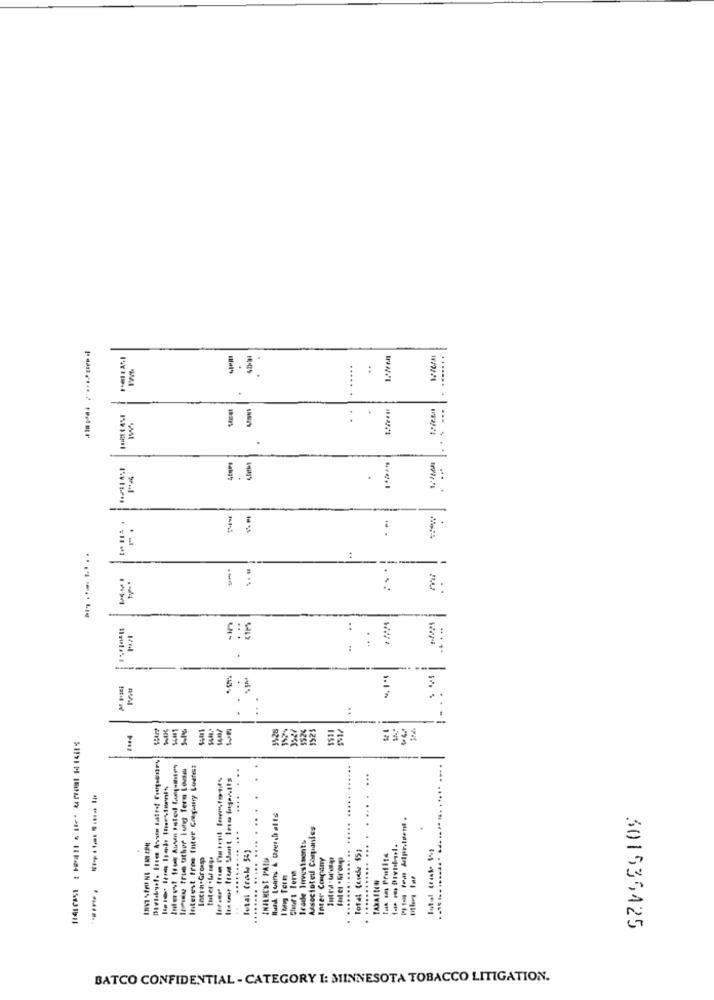
..
1 ***
In
.. ...
.
.
..
161
1524
laPie trus uther long Term Loan
Interest tros Inter Cregminy Luafest
..
............. ... . . ... . ...
....
..... .....
Associotell Companies
...
........ ..... ....
Trade Investments
Incin.Group
Enter. br-
.........
CHALKEST PAID
Inter Conpany
Ta - Profits
Short Term
Inng Term
TAXAILEN
BATCO CONFIDENTIAL - CATEGORY 1: MINNESOTA TOBACCO LITIGATION.